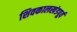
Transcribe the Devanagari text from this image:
शिवकालखंडपूर्व